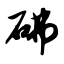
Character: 砩